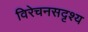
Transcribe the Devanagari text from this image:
विरेचनसदृश्य